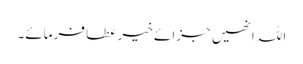
اللہ انھیں جزائے خیر عطا فرمائے۔